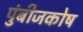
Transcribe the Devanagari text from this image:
पुंबीजकोष